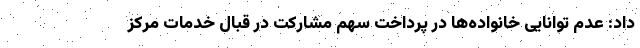
داد: عدم توانایی خانواده‌ها در پرداخت سهم مشارکت در قبال خدمات مرکز